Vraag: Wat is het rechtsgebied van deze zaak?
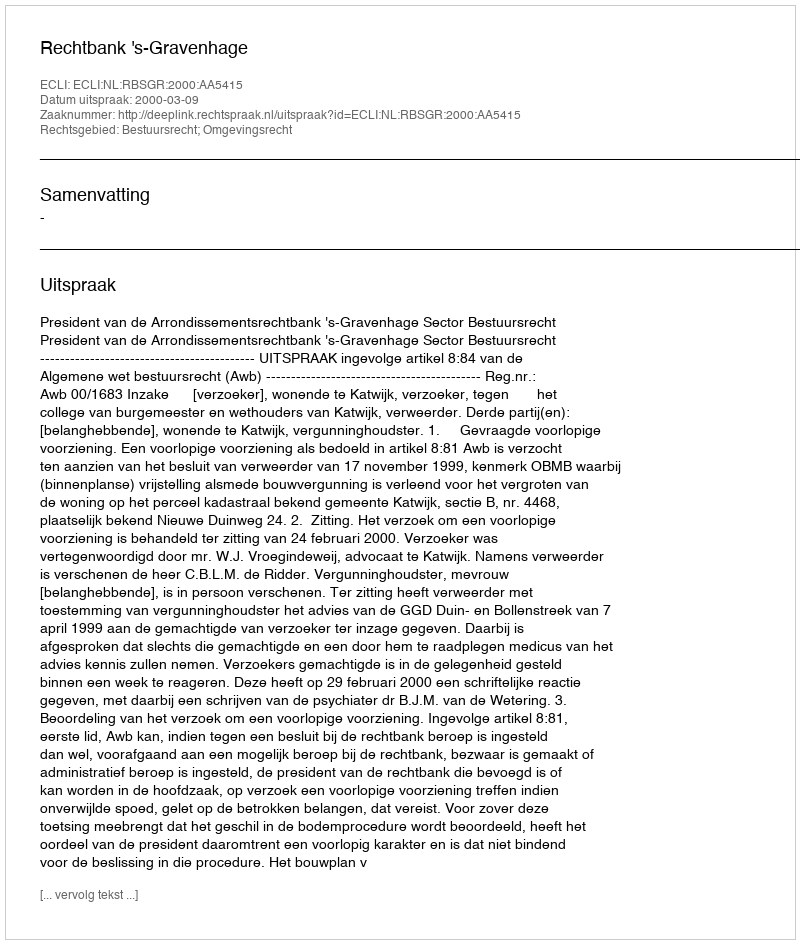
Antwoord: Bestuursrecht; Omgevingsrecht